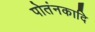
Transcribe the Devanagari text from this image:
पोतंनकादि